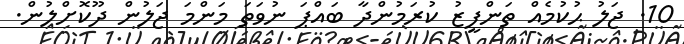
10. ޖަލު ޙުކުމެއް ތަންފީޒު ކުރަމުންދާ ބައްޕަ ނުވަތަ މަންމަ ޖަލުން ދޫކޮށްލުން.